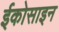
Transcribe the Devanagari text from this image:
ईकोसाइन